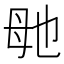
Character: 毑